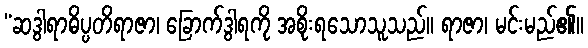
“ဆဒွါရာဓိပ္ပတိရာဇာ၊ ခြောက်ဒွါရကို အစိုးရသောသူသည်။ ရာဇာ၊ မင်းမည်၏။